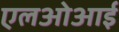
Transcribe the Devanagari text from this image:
एलओआई